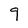
Character: 9